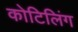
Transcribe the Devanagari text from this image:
कोटिलिंग